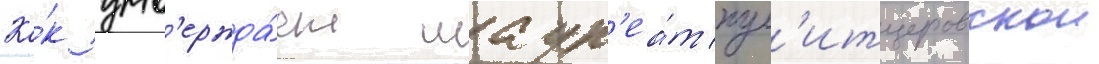
Ка́к утв'ержда́ет лаур'еа́т пул'итцеровскои